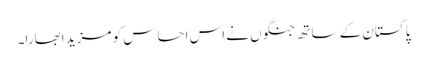
پاکستان کے ساتھ جنگوں نے اس احساس کو مزید ابھارا۔